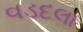
વડદલા